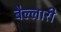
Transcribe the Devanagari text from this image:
बैल्लारी